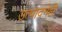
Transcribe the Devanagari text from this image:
उत्पादनेही